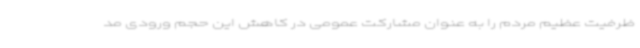
ظرفیت عظیم مردم را به عنوان مشارکت عمومی در کاهش این حجم ورودی مد